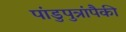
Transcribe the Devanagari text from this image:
पांडुपुत्रांपैकी